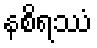
နစိရဿံ